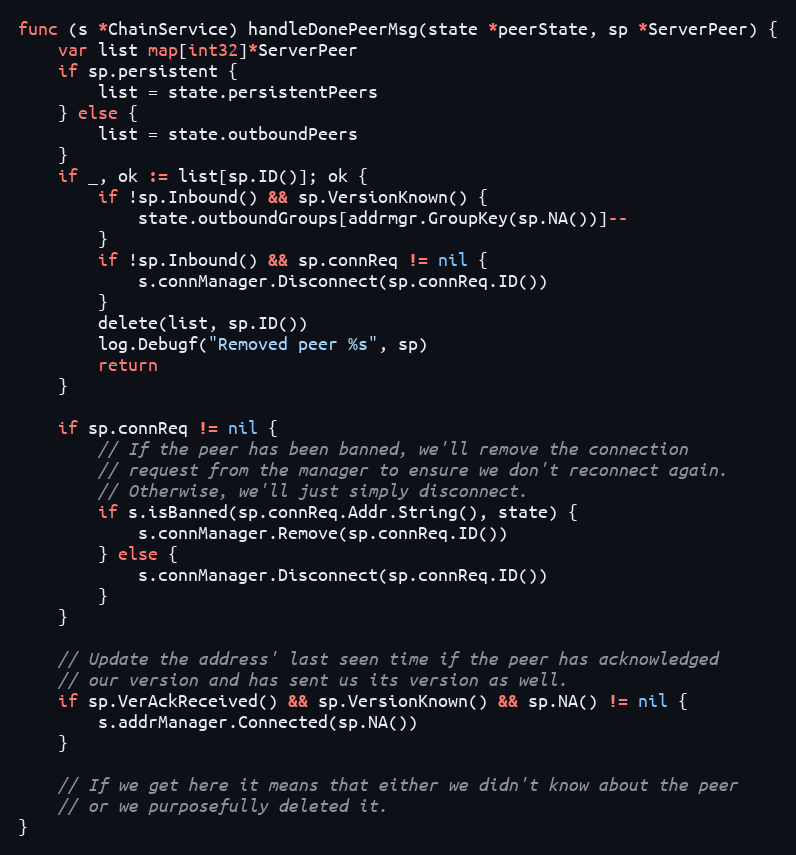
Language: Go
func (s *ChainService) handleDonePeerMsg(state *peerState, sp *ServerPeer) {
	var list map[int32]*ServerPeer
	if sp.persistent {
		list = state.persistentPeers
	} else {
		list = state.outboundPeers
	}
	if _, ok := list[sp.ID()]; ok {
		if !sp.Inbound() && sp.VersionKnown() {
			state.outboundGroups[addrmgr.GroupKey(sp.NA())]--
		}
		if !sp.Inbound() && sp.connReq != nil {
			s.connManager.Disconnect(sp.connReq.ID())
		}
		delete(list, sp.ID())
		log.Debugf("Removed peer %s", sp)
		return
	}

	if sp.connReq != nil {
		// If the peer has been banned, we'll remove the connection
		// request from the manager to ensure we don't reconnect again.
		// Otherwise, we'll just simply disconnect.
		if s.isBanned(sp.connReq.Addr.String(), state) {
			s.connManager.Remove(sp.connReq.ID())
		} else {
			s.connManager.Disconnect(sp.connReq.ID())
		}
	}

	// Update the address' last seen time if the peer has acknowledged
	// our version and has sent us its version as well.
	if sp.VerAckReceived() && sp.VersionKnown() && sp.NA() != nil {
		s.addrManager.Connected(sp.NA())
	}

	// If we get here it means that either we didn't know about the peer
	// or we purposefully deleted it.
}